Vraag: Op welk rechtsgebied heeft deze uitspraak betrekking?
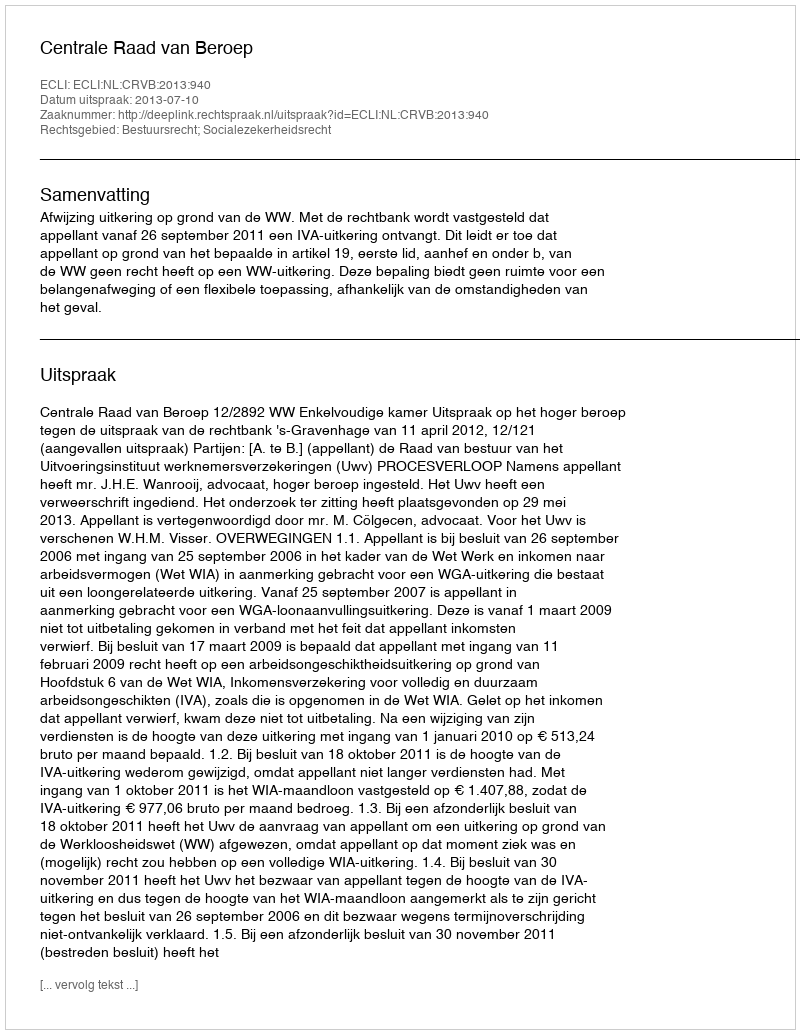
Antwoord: Bestuursrecht; Socialezekerheidsrecht